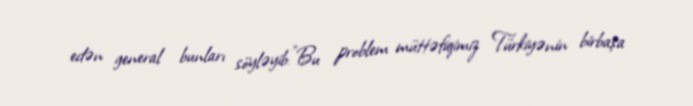
edən general bunları söyləyib:"Bu problem müttəfiqimiz Türkiyənin birbaşa